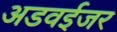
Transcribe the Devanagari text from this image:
अडवईजर